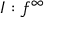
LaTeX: I : f ^ { \infty }